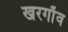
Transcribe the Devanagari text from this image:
खरगाँव